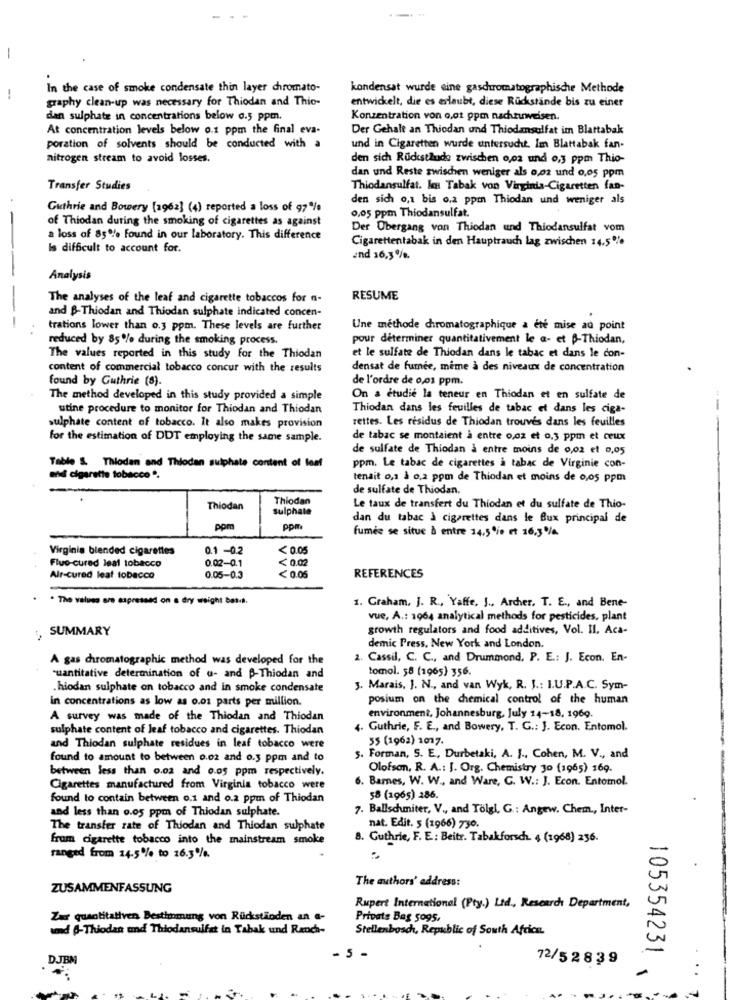
-
In the case of smoke condensate thin layer chromato-
kondensat wurde eine gaschromatographische Methode
graphy clean-up was necessary for Thiodan and Thio-
entwickelt, die es erlaubt, diese Rückstände bis zu einer
dan sulphate in concentrations below 0.5 ppm.
Konzentration von 0,01 ppm nachzuweisen.
At concentration levels below o.1 ppm the final eva-
Der Gehalt an Thiodan und Thiodansulfat im Blattabak
poration of solvents should be conducted with a
und in Cigaretten wurde untersucht. Im Blattabak fan-
nitrogen stream to avoid losses.
den sich Rückstaude zwischen 0,02 und 0,3 ppm Thio-
dan und Reste zwischen weniger als 0,02 und 0,05 ppm
Transfer Studies
Thiodansulfat. In Tabak von Virginia-Cigaretten fan-
den sich o,1 bis o,2 ppm Thiodan und weniger als
Guthrie and Bowery [1962] (4) reported a loss of 97%
0,05 ppm Thiodansulfat.
of Thiodan during the smoking of cigarettes as against
Der Obergang von Thiodan und Thiodansulfat vom
a loss of 85% found in our laboratory. This difference
Cigarettentabak in den Hauptrauch Lag zwischen 14.5%
Is difficult to account for.
end 16,3%.
Analysis
The analyses of the leaf and cigarette tobaccos for n-
RESUME
and B-Thiodan and Thiodan sulphate indicated concen-
-
trations lower than 0.3 ppm. These levels are further
Une méthode chromatographique a été mise au point
reduced by 85% during the smoking process.
pour déterminer quantitativement le a- et B-Thiodan,
The values reported in this study for the Thiodan
et le sulfate de Thiodan dans le tabac et dans le con-
content of commercial tobacco concur with the results
densat de fumée, mime à des niveaux de concentration
found by Guthrie (8).
de l'ordre de 0,01 ppm.
The method developed in this study provided a simple
On a étudié la teneur en Thiodan et en sulfate de
utine procedure to monitor for Thiodan and Thiodan
Thiodan dans les feuilles de tabac et dans les ciga-
rettes. Les résidus de Thiodan trouvés dans les feuilles
sulphate content of tobacco. It also makes provision
for the estimation of DDT employing the same sample.
de tabac se montaient à entre o,oz et 0.3 ppm et ceux
de sulfate de Thiodan à entre moins de 0,02 et 0,05
Table & Thlodan and Thiodan sulphate content of leaf
ppm. Le tabac de cigarettes à tabac de Virginie con-
en cigarette tobacco".
tenait 0,1 à o,2 ppm de Thiodan et moins de 0,os ppm
de sulfate de Thiodan.
Thiodan
Thiodan
sulphate
Le taux de transfert du Thiodan et du sulfate de Thio-
dan du tabac à cigarettes dans le Bux principal de
pom
ppm
fumée se situe & entre 14,5 e et 16,3 %
Virginia blended cigarettes
0.1 -0.2
<0.05
0.02-0.1
<0.02
Flue-cured leal tobacco
Alr-cured leat tobacco
0.05-0.3
<0.05
REFERENCES
. The values are expressed on a dry weight basis.
1. Graham, J. R ., Yaffe, J ., Archer. T. E ., and Bene-
vue, A .: 1964 analytical methods for pesticides, plant
, SUMMARY
growth regulators and food additives, Vol. II, Aca-
demic Press, New York and London.
A gas chromatographic method was developed for the
2. Cassil, C. C ., and Drummond, P. E .: J. Econ. En-
tomol. 58 (1965) 356.
quantitative determination of u- and B-Thiodan and
.hiodan sulphate on tobacco and in smoke condensate
3. Marais, J. N ., and van Wyk, R. J .: I.U.P.A.C. Sym-
in concentrations as low as o.os parts per million.
posium on the chemical control of the human
A survey was made of the Thiodan and Thiodan
environment, Johannesburg, July 14-18, 1969.
sulphate content of Jeaf tobacco and cigarettes. Thiodan
4. Guthrie, F. E ., and Bowery, T. G .: J. Econ. Entomol.
55 (1962) 1017.
and Thiodan sulphate residues in leaf tobacco were
found to amount to between 0.02 and 0.3 ppm and to
5. Forman, S. E ., Durbetaki, A. J ., Cohen, M. V ., and
between less than 0.02 and 0.05 ppm respectively.
Olofson, R. A .: J. Org. Chemistry J0 (1965) 169.
6. Barnes, W. W ., and Ware, G. W .: J. Econ. Entomol.
Cigarettes manufactured from Virginia tobacco were
found to contain between 0.1 and o.2 ppm of Thiodan
58 (1965) 286.
and less than o.o5 ppm of Thiodan sulphate.
7. Ballschmiter, V ., and Tolgl, G .: Angew. Chem ., Inter-
The transfer rate of Thiodan and Thiodan sulphate
nat. Edit. 5 (1966) 730.
frum cigarette tobacco into the mainstream smoke
8. Guthrie, F. E: Beitr. Tabakforsch. 4 (1968) 256.
ranged from 14.5% to 16.3%
The authors' address:
ZUSAMMENFASSUNG
Rupert International (Pty.) Ltd ., Research Department,
Zar quantitativen Bestimmung von Rückständen an a-
Private Bag 5095,
und -Thiodan and Thiodansulfat in Tabak und Ranch-
Stellenbosch, Republic of South Africa.
DJBM
5
72/5 2 8 39
105354231 1